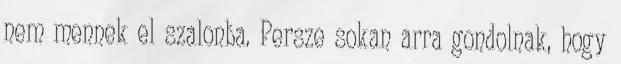
nem mennek el szalonba. Persze sokan arra gondolnak, hogy